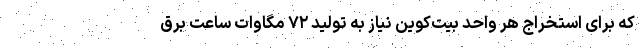
که برای استخراج هر واحد بیت‌کوین نیاز به تولید ۷۲ مگاوات ساعت برق